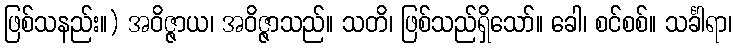
ဖြစ်သနည်း။) အဝိဇ္ဇာယ၊ အဝိဇ္ဇာသည်။ သတိ၊ ဖြစ်သည်ရှိသော်။ ခေါ၊ စင်စစ်။ သင်္ခါရာ၊